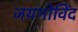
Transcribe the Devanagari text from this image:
जयगोविंद